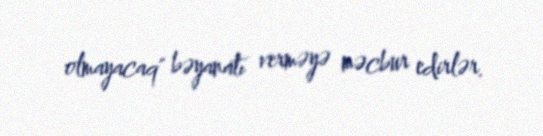
olmayacaq" bəyanatı verməyə məcbur edirlər.